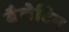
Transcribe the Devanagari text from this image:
बैलेटिन